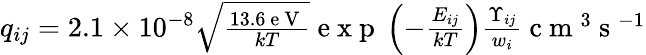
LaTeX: \begin{array}{r}{q_{ij}=2.1\times 10^{-8}\sqrt{\frac{13.6\mathrm{~e~V~}}{kT}}\mathrm{~e~x~p~}\left(-\frac{E_{ij}}{kT}\right)\frac{\Upsilon_{ij}}{w_{i}}\mathrm{~c~m~}^{3}\mathrm{~s~}^{-1}}\end{array}